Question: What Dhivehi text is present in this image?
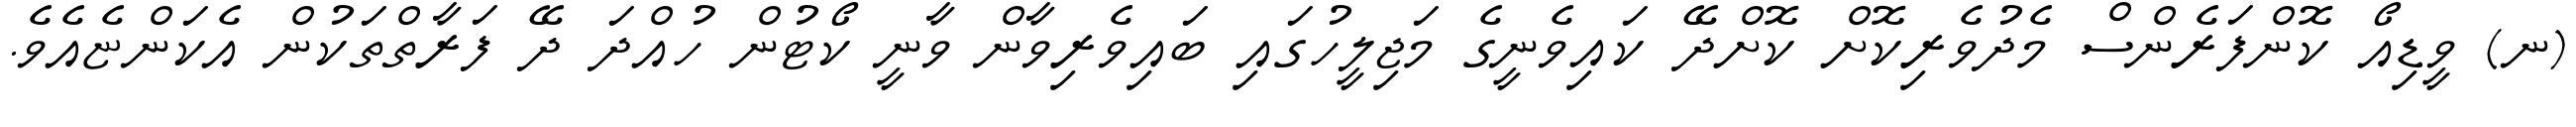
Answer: (ނ) ވީޑިއޯ ކޮންފަރެންސް މެދުވެރިކޮށް ކޮށްދޭ ކައިވެނީގެ މަޖިލީހުގައި ބައިވެރިވާން ވާނީ ކޯޓުން ހުއްދަ ދޭ ފަރާތްތަކުން އެކަންޏެއެވެ.